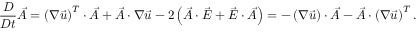
\frac { D } { D t } \vec { A } = \left( \boldsymbol { \nabla } \vec { u } \right) ^ { T } \cdot \vec { A } + \vec { A } \cdot \boldsymbol { \nabla } \vec { u } - 2 \left( \vec { A } \cdot \vec { E } + \vec { E } \cdot \vec { A } \right) = - \left( \boldsymbol { \nabla } \vec { u } \right) \cdot \vec { A } - \vec { A } \cdot \left( \boldsymbol { \nabla } \vec { u } \right) ^ { T } .